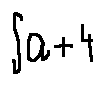
\int a + 4